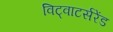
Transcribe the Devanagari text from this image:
विट्वाटर्सरेंड